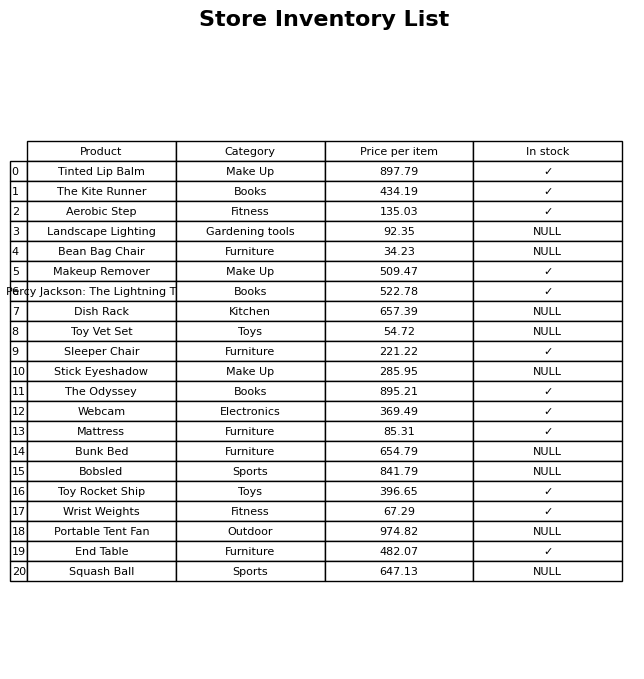
question: What is the stock status of the Portable Tent Fan?
answer: NULL